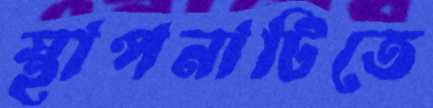
স্থাপনাটিতে